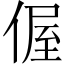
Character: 偓